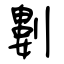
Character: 𠞭